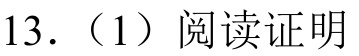
13.（1）阅读证明